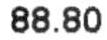
88.80